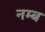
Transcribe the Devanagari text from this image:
नम्ब